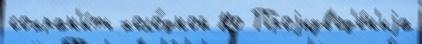
сохран'и́ть холо́дной Но Проjизв'ед'е́н'иjа